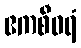
ဧကစီဝရံ